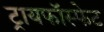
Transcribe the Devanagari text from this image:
ट्रायफॉस्फेट